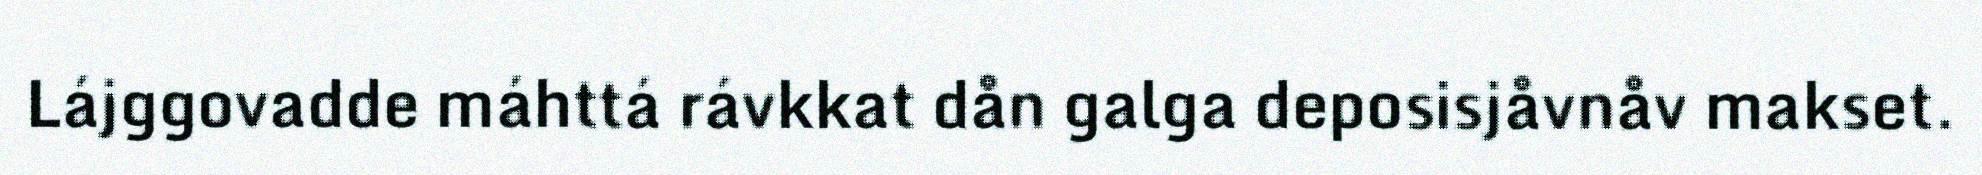
Lájggovadde máhttá rávkkat dån galga deposisjåvnåv makset.